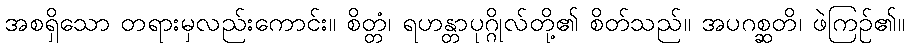
အစရှိသော တရားမှလည်းကောင်း။ စိတ္တံ၊ ရဟန္တာပုဂ္ဂိုလ်တို့၏ စိတ်သည်။ အပဂစ္ဆတိ၊ ဖဲကြဉ်၏။